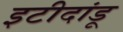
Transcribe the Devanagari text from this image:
इटीदांडू